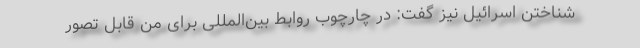
شناختن اسرائیل نیز گفت: در چارچوب روابط بین‌المللی برای من قابل تصور